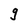
Character: g